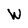
Character: W